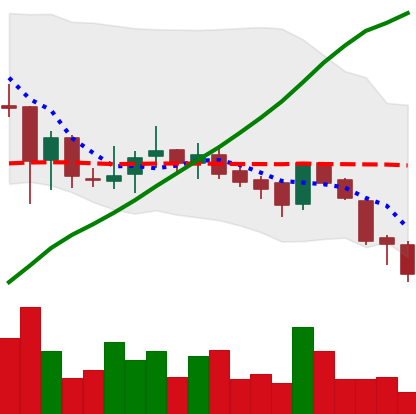
Ticker: BNB-USD
Chart end date: 2018-07-12
Forward return: 13.605%
Label: up_7plus